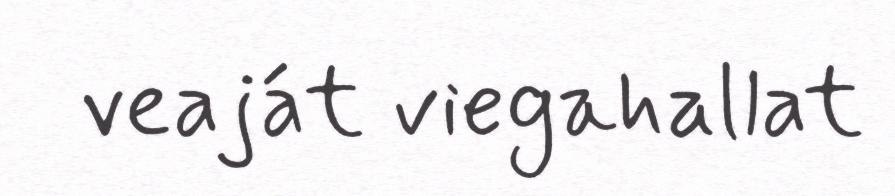
veaját viegahallat